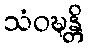
သံဝဍ္ဎန္တိ